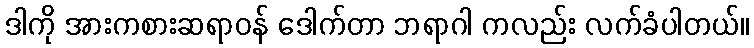
ဒါကို အားကစားဆရာဝန် ဒေါက်တာ ဘရာဂါ ကလည်း လက်ခံပါတယ်။